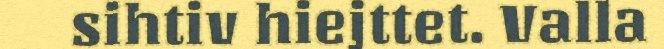
sihtiv hiejttet. Valla